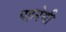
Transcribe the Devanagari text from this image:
पहनेगी